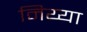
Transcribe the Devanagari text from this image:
निय्या